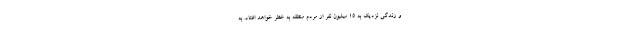
و زندگی نزدیک به ۱۵ میلیون نفر از مردم منطقه به خطر خواهد افتاد. به